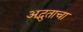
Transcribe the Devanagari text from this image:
अद्भुताचा